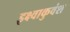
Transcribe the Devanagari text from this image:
इक्ष्वाकुवंश